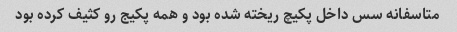
متاسفانه سس داخل پکیچ ریخته شده بود و همه پکیج رو کثیف کرده بود